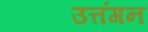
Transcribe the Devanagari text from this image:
उत्तंगन